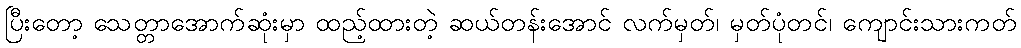
ပြီးတော့ သေတ္တာအောက်ဆုံးမှာ ထည့်ထားတဲ့ ဆယ်တန်းအောင် လက်မှတ်၊ မှတ်ပုံတင်၊ ကျောင်းသားကတ်